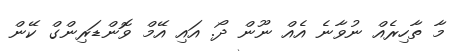
މާ ތާހިރެއް ނުވާނެ އެއް ނޫން ދޯ. އަައި އޭމް ވޮންޑަރިންގް ކޭން